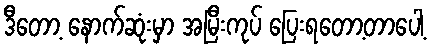
ဒီတော့ နောက်ဆုံးမှာ အမြီးကုပ် ပြေးရတော့တာပေါ့